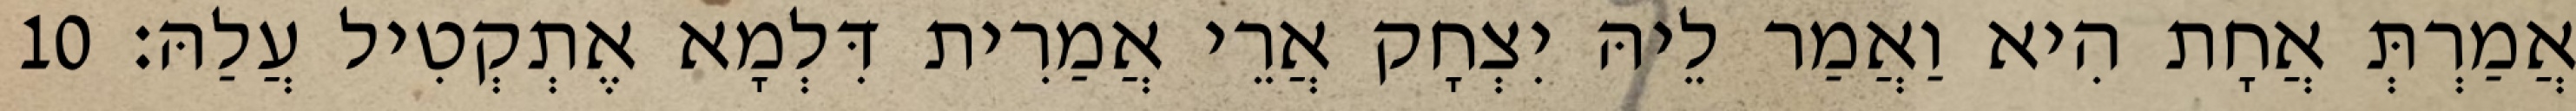
אֲמַרְתְּ אֲחָת הִיא וַאֲמַר לֵיהּ יִצְחָק אֲרֵי אֲמַרִית דִּלְמָא אֶתְקְטִיל עֲלַהּ׃ 10